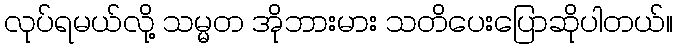
လုပ်ရမယ်လို့ သမ္မတ အိုဘားမား သတိပေးပြောဆိုပါတယ်။